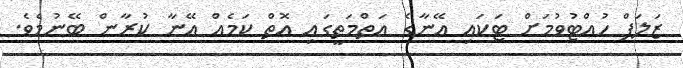
ޒަލަފް ހުއްޓުވުމަށް ޓަކައި އޭނާގެ އަތްމަތީގައި އޮތް ކަމެއް އޭނާ ކުރާން ބޭނުމެވެ.